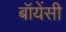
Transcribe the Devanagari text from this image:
बॉयेंसी